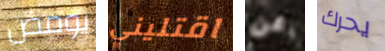
يومض اقتليني عن يحرك